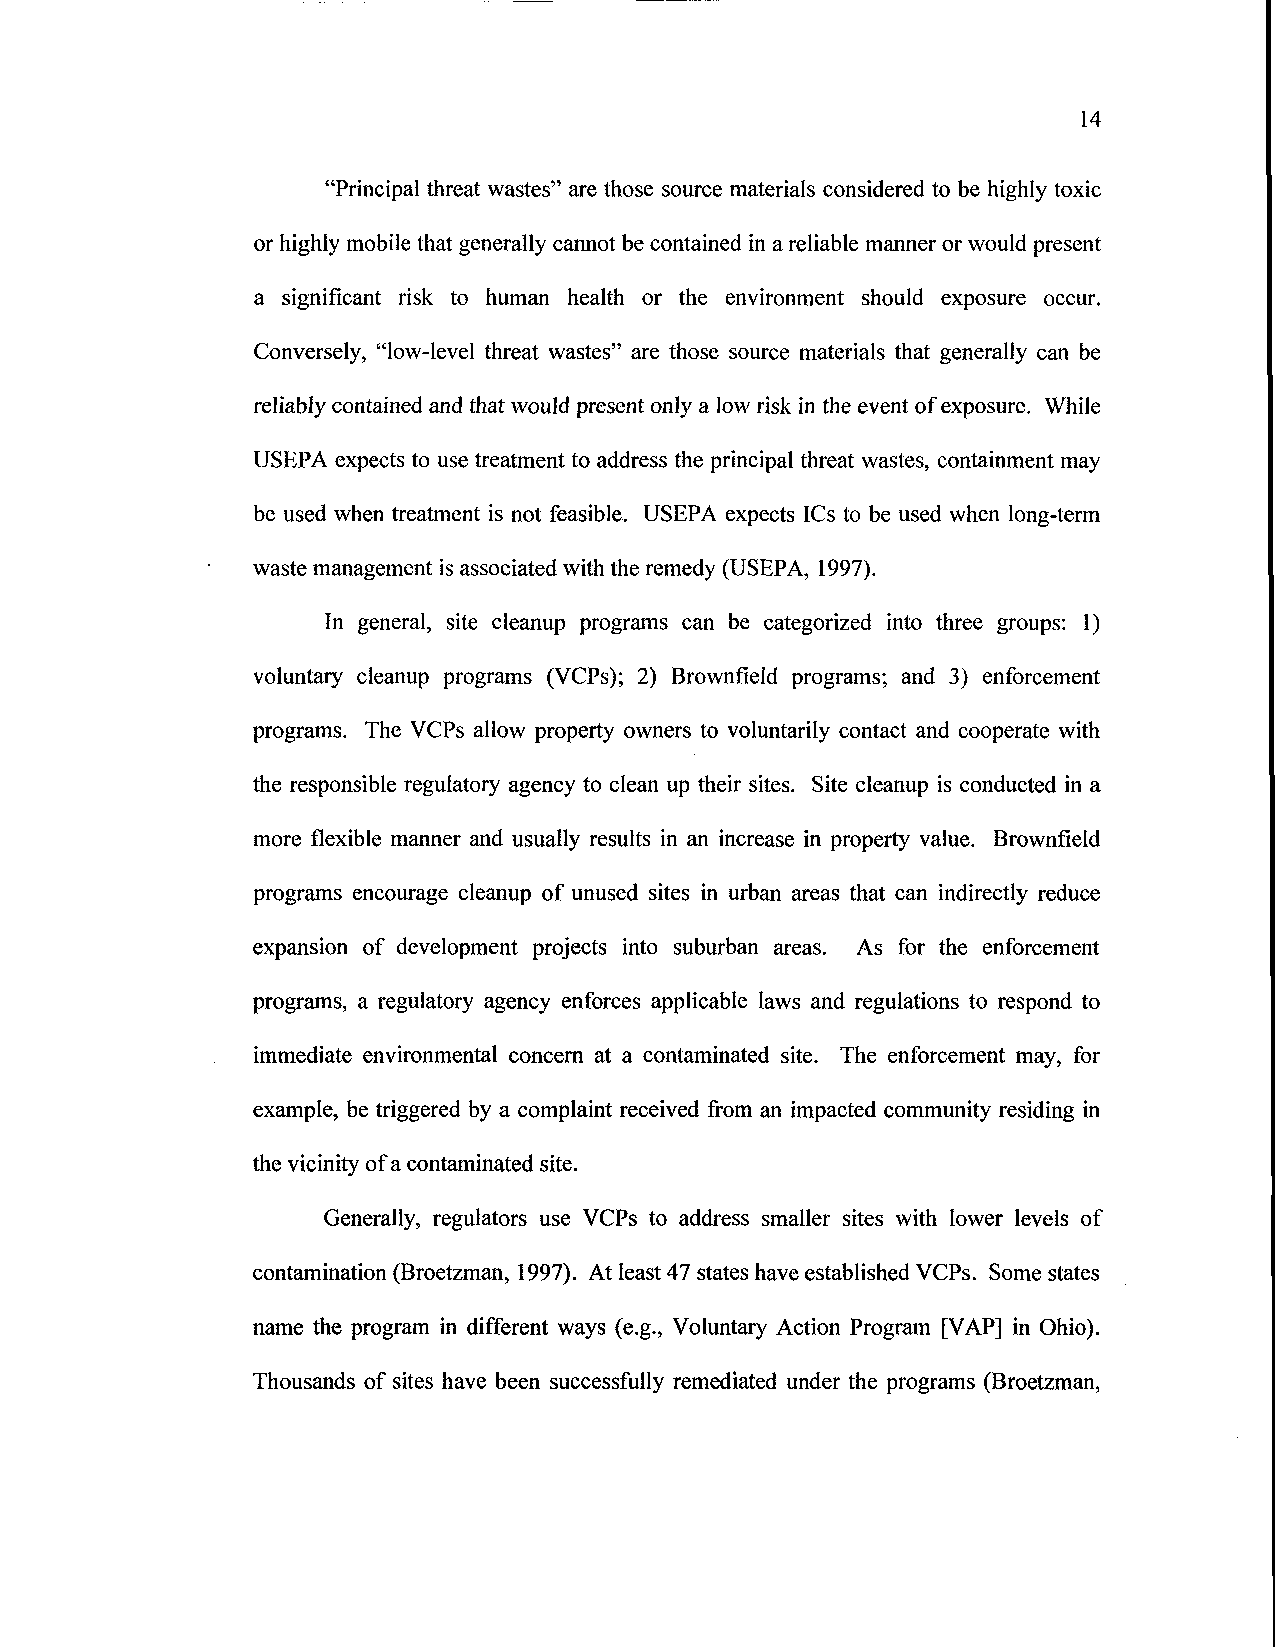
14
 "Principal threat wastes" are those source materials considered to be highly toxic
 or highly mobile that generally cannot be contained in a reliable manner or would present
 a significant risk to human health or the environment should exposure occur.
 Conversely, "low-level threat wastes" are those source materials that generally can be
 reliably contained and that would present only a low risk in the event of exposure. While
 USEPA expects to use treatment to address the principal threat wastes, containment may
 be used when treatment is not feasible. USEPA expects ICs to be used when long-term
 waste management is associated with the remedy (USEPA, 1997).
 In general, site cleanup programs can be categorized into three groups: 1)
 voluntary cleanup programs (VCPs); 2) Brownfield programs; and 3) enforcement
 programs. The VCPs allow property owners to voluntarily contact and cooperate with
 the responsible regulatory agency to clean up their sites. Site cleanup is conducted in a
 more flexible manner and usually results in an increase in property value. Brownfield
 programs encourage cleanup of unused sites in urban areas that can indirectly reduce
 expansion of development projects into suburban areas. As for the enforcement
 programs, a regulatory agency enforces applicable laws and regulations to respond to
 immediate environmental concern at a contaminated site. The enforcement may, for
 example, be triggered by a complaint received from an impacted community residing in
 the vicinity of a contaminated site.
 Generally, regulators use VCPs to address smaller sites with lower levels of
 contamination (Broetzman, 1997). At least 47 states have established VCPs. Some states
 name the program in different ways (e.g., Voluntary Action Program [VAP] in Ohio).
 Thousands of sites have been successfully remediated under the programs (Broetzman,